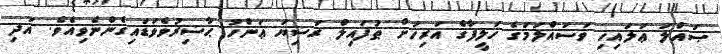
ޞައްލަ ޢަލައިހި ވަސައްލަމަގެ ޚަލީފާގެ އަރިހަށް ޠުފައިލް ރަޟިޔަ ޢަންހު ޙާޟިރުވެވަޑައިގެންނެވިއެވެ. އަދި